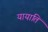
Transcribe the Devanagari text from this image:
यायाति